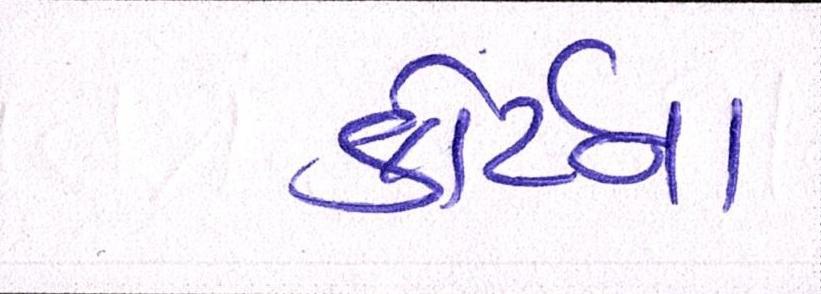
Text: કોર્ટના